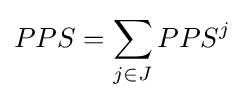
PPS=\sum _{j\in J}PPS^{j}